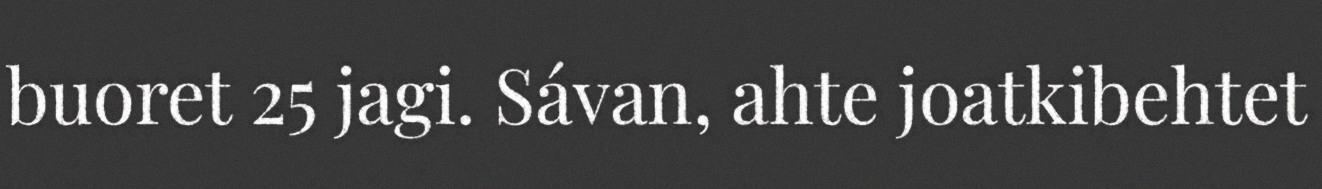
buoret 25 jagi. Sávan, ahte joatkibehtet